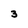
Character: 3